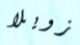
زويلا